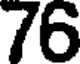
76